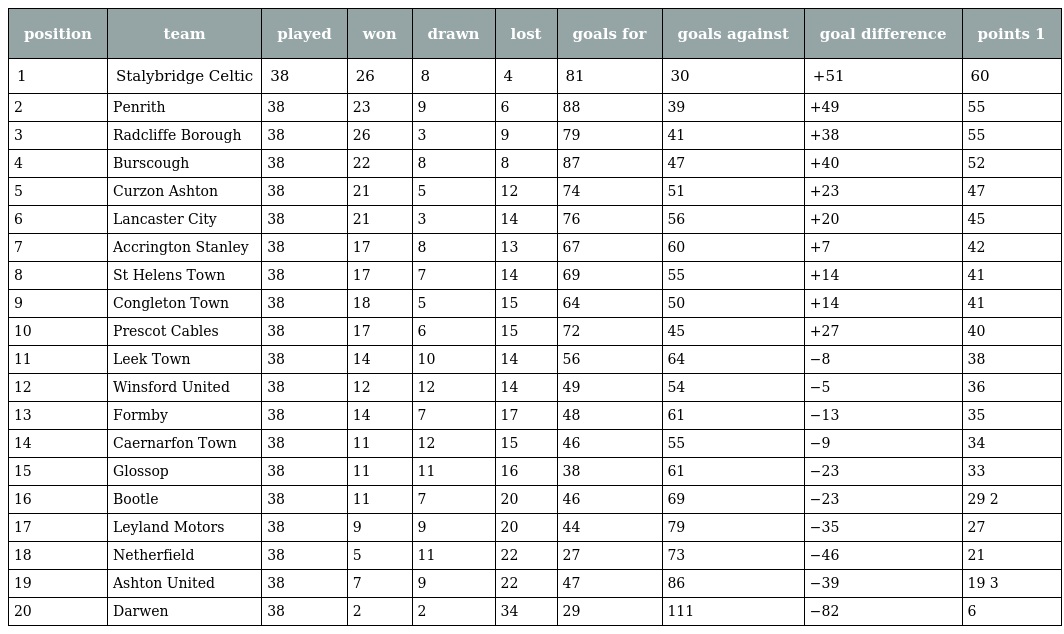
| position | team | played | won | drawn | lost | goals for | goals against | goal difference | points 1 |
 | --- | --- | --- | --- | --- | --- | --- | --- | --- | --- |
 | 1 | Stalybridge Celtic | 38 | 26 | 8 | 4 | 81 | 30 | +51 | 60 |
 | 2 | Penrith | 38 | 23 | 9 | 6 | 88 | 39 | +49 | 55 |
 | 3 | Radcliffe Borough | 38 | 26 | 3 | 9 | 79 | 41 | +38 | 55 |
 | 4 | Burscough | 38 | 22 | 8 | 8 | 87 | 47 | +40 | 52 |
 | 5 | Curzon Ashton | 38 | 21 | 5 | 12 | 74 | 51 | +23 | 47 |
 | 6 | Lancaster City | 38 | 21 | 3 | 14 | 76 | 56 | +20 | 45 |
 | 7 | Accrington Stanley | 38 | 17 | 8 | 13 | 67 | 60 | +7 | 42 |
 | 8 | St Helens Town | 38 | 17 | 7 | 14 | 69 | 55 | +14 | 41 |
 | 9 | Congleton Town | 38 | 18 | 5 | 15 | 64 | 50 | +14 | 41 |
 | 10 | Prescot Cables | 38 | 17 | 6 | 15 | 72 | 45 | +27 | 40 |
 | 11 | Leek Town | 38 | 14 | 10 | 14 | 56 | 64 | −8 | 38 |
 | 12 | Winsford United | 38 | 12 | 12 | 14 | 49 | 54 | −5 | 36 |
 | 13 | Formby | 38 | 14 | 7 | 17 | 48 | 61 | −13 | 35 |
 | 14 | Caernarfon Town | 38 | 11 | 12 | 15 | 46 | 55 | −9 | 34 |
 | 15 | Glossop | 38 | 11 | 11 | 16 | 38 | 61 | −23 | 33 |
 | 16 | Bootle | 38 | 11 | 7 | 20 | 46 | 69 | −23 | 29 2 |
 | 17 | Leyland Motors | 38 | 9 | 9 | 20 | 44 | 79 | −35 | 27 |
 | 18 | Netherfield | 38 | 5 | 11 | 22 | 27 | 73 | −46 | 21 |
 | 19 | Ashton United | 38 | 7 | 9 | 22 | 47 | 86 | −39 | 19 3 |
 | 20 | Darwen | 38 | 2 | 2 | 34 | 29 | 111 | −82 | 6 |